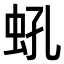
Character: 𧉔